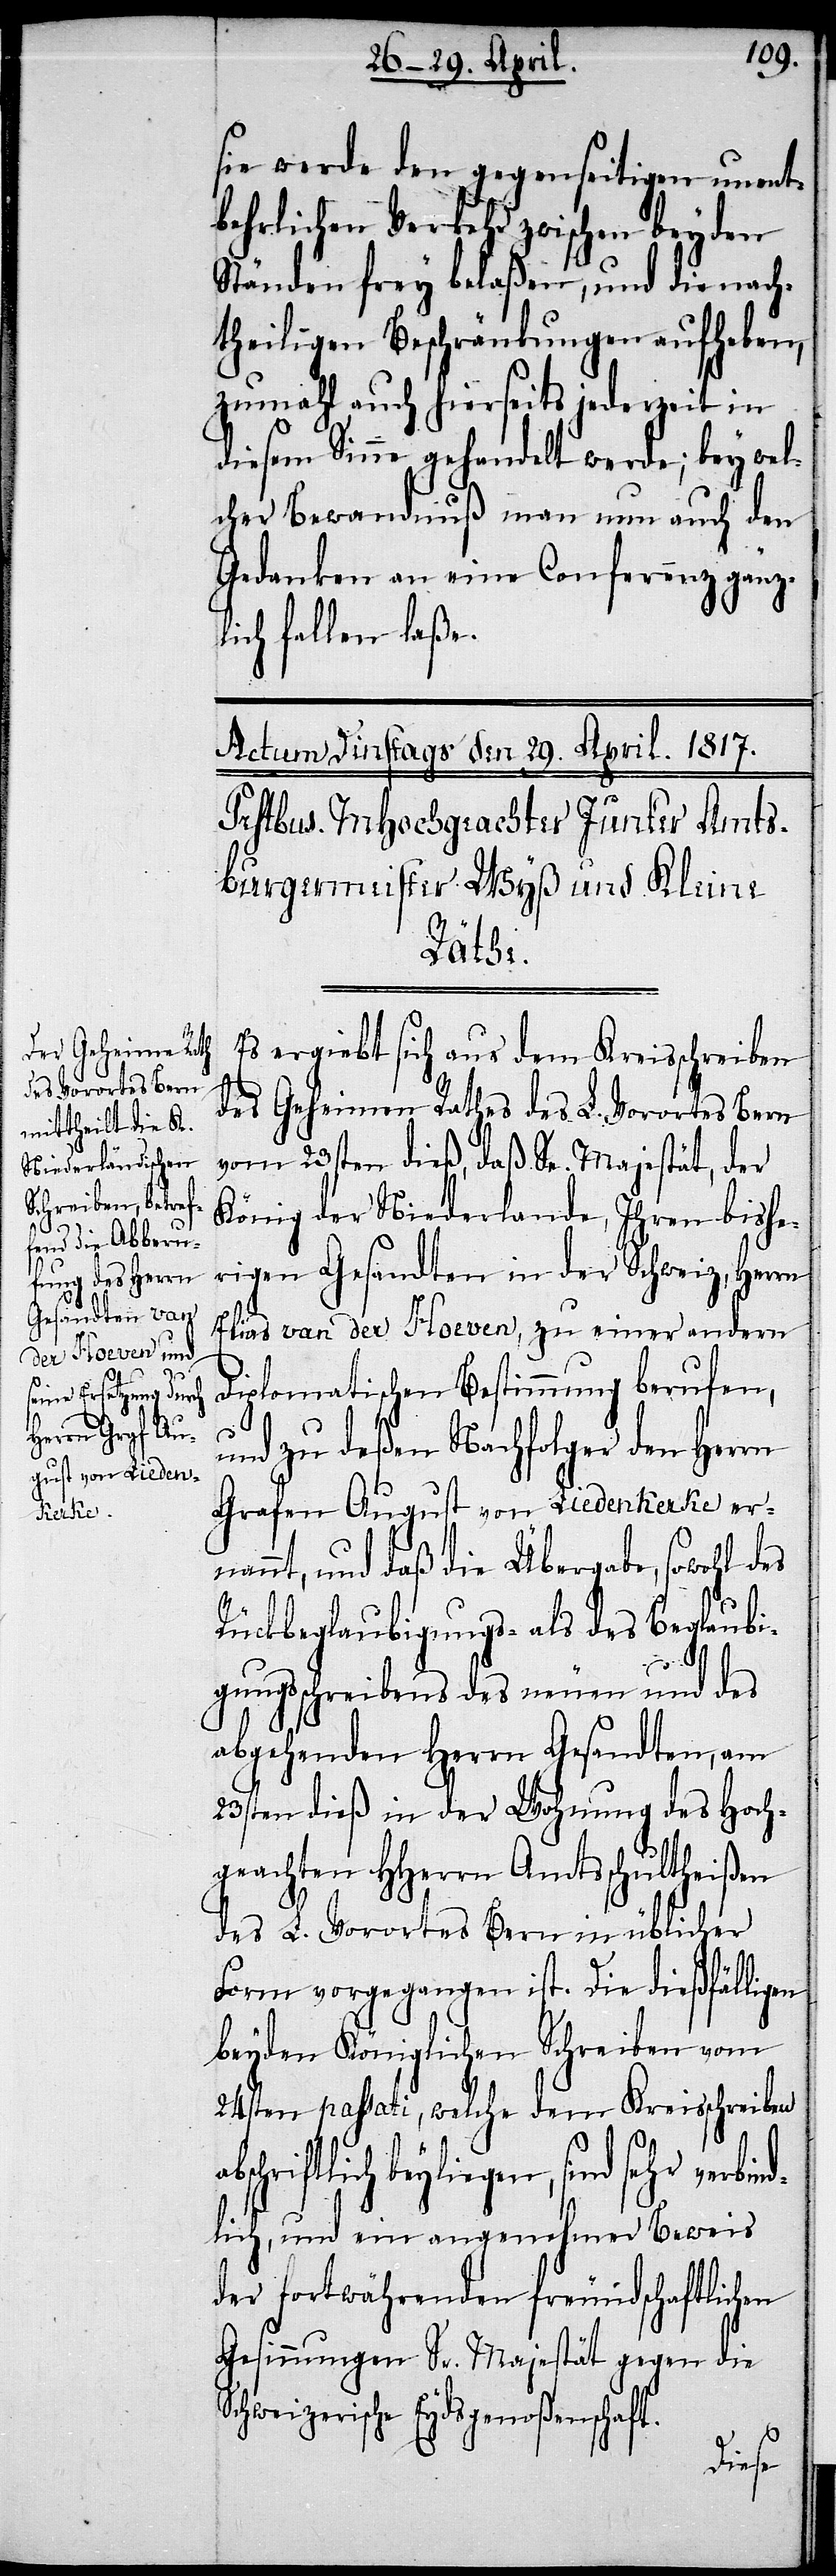
sie werde den gegenseitigen unent¬
behrlichen Verkehr zwischen beyden
Ständen frey belaßen, und die nach¬
theiligen Beschränkungen aufheben,
zumahl auch hierseits jederzeit in
diesem Sinne gehandelt werde; bey wel¬
cher Bewandnuß man nun auch den
Gedanken an eine Conferenz gänz¬
lich fallen laße.
Es ergiebt sich aus dem Kreisschreiben
des Geheimen Rathes des L. Vorortes Bern
vom 23sten dieß, daß Se. Majestät, der
König der Niederlande, Ihren bishe¬
rigen Gesandten in der Schweiz, Herrn
Elias van der Hoeven, zu einer andern
diplomatischen Bestimmung berufen,
und zu deßen Nachfolger den Herrn
Grafen August von Liedenkerke er¬
nannt, und daß die Übergabe, sowohl des
Rückbeglaubigungs- als des Beglaubi¬
gungsschreibens des neuen und des
abgehenden Herrn Gesandten, am
23sten dieß in der Wohnung des Hoch¬
geachten HHerrn Amtschultheißen
des L. Vorortes Bern in üblicher
Form vorgegangen ist. Die dießfälligen
beyden Königlichen Schreiben vom
24sten passati, welche dem Kreisschreiben
beyliegen, sind sehr verbi¬
ndlich, und ein angenehmer Beweis
der fortwährenden freundschaftlichen
Gesinnungen Sr. Majestät gegen die
Schweizerische Eydsgenoßenschaft.